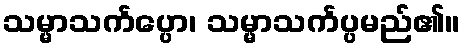
သမ္မာသင်္ကပ္ပော၊ သမ္မာသင်္ကပ္ပမည်၏။